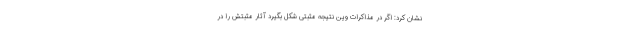
نشان کرد: اگر در مذاکرات وین نتیجه مثبتی شکل بگیرد آثار مثبتش را در